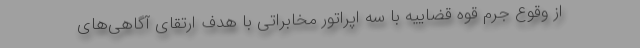
از وقوع جرم قوه قضاییه با سه اپراتور مخابراتی با هدف ارتقای آگاهی‌های